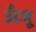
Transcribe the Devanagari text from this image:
अँजू